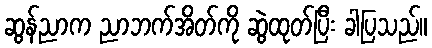
ဆွန်ညာက ညာဘက်အိတ်ကို ဆွဲထုတ်ပြီး ခါပြသည်။